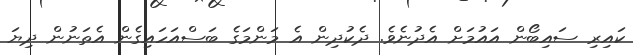
ކައިރި ސައިބޯން އައުމަށް އެދުނެވެ. ދެކުދިން އެ މަންމަގެ ބަސްއަހައިގެން އެތަނުން ދިޔަ